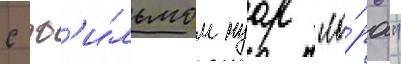
с ф'и́льмом нуар "ло́ра"